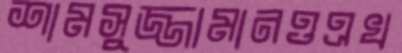
শামসুজ্জামানওএখ